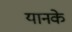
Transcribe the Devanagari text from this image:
यानके